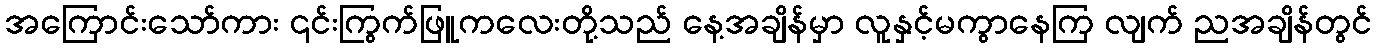
အကြောင်းသော်ကား ၎င်းကြွက်ဖြူကလေးတို့သည် နေ့အချိန်မှာ လူနှင့်မကွာနေကြ လျက် ညအချိန်တွင်